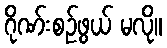
ဂိုဏ်းစဉ်ဖွယ် မလို။